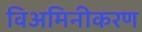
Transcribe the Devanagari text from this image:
विअमिनीकरण